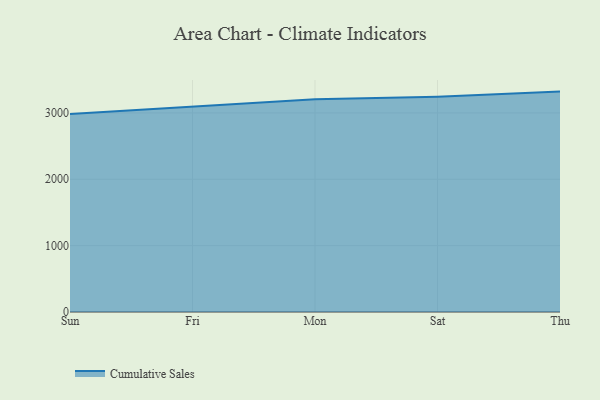
{"axis": {"x": "Day", "y": "Latency (ms)"}, "legend": ["Cumulative Sales"], "data": [{"x": "Sun", "y": 2981.8, "type": "Cumulative Sales"}, {"x": "Fri", "y": 3093.8, "type": "Cumulative Sales"}, {"x": "Mon", "y": 3204.7, "type": "Cumulative Sales"}, {"x": "Sat", "y": 3245.3, "type": "Cumulative Sales"}, {"x": "Thu", "y": 3321.2, "type": "Cumulative Sales"}]}